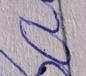
Signature authenticity: forged